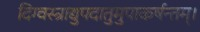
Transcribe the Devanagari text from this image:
दिग्वस्त्राद्युपदातुमुपाकर्षन्तम्‌।